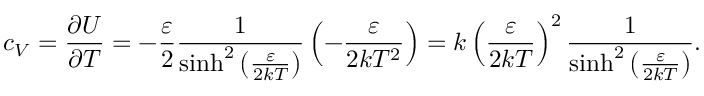
c _ { V } = { \frac { \partial U } { \partial T } } = - { \frac { \varepsilon } { 2 } } { \frac { 1 } { \sinh ^ { 2 } \left( { \frac { \varepsilon } { 2 k T } } \right) } } \left( - { \frac { \varepsilon } { 2 k T ^ { 2 } } } \right) = k \left( { \frac { \varepsilon } { 2 k T } } \right) ^ { 2 } { \frac { 1 } { \sinh ^ { 2 } \left( { \frac { \varepsilon } { 2 k T } } \right) } } .